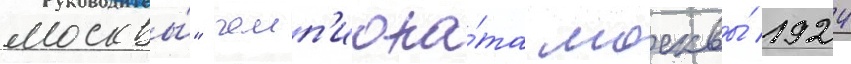
москвы́" чемп'иона́та москвы́ 1924